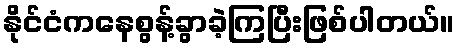
နိုင်ငံကနေစွန့်ခွာခဲ့ကြပြီးဖြစ်ပါတယ်။